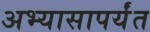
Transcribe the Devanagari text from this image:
अभ्यासापर्यंत